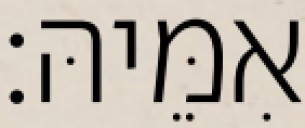
אִמֵּיהּ׃